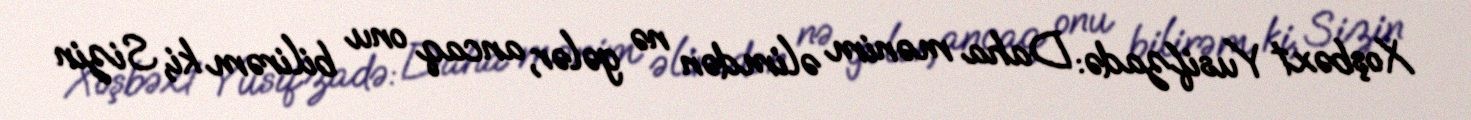
Xoşbəxt Yusifzadə: Daha mənim əlimdən nə gələr, ancaq onu bilirəm ki, Sizin